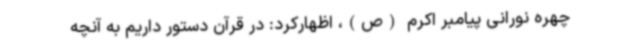
چهره نورانی پیامبر اکرم (ص)، اظهارکرد: در قرآن دستور داریم به آنچه